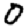
Digit: 0